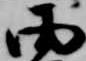
雨